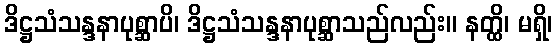
ဒိဋ္ဌသံသန္ဒနာပုစ္ဆာပိ၊ ဒိဋ္ဌသံသန္ဒနာပုစ္ဆာသည်လည်း။ နတ္ထိ၊ မရှိ၊